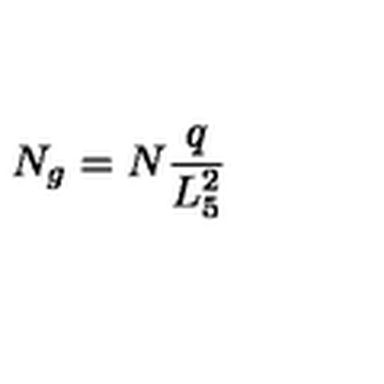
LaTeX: N _ { g } = N { \frac { q } { L _ { 5 } ^ { 2 } } }